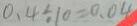
0 . 4 \div 1 0 = 0 . 0 4